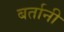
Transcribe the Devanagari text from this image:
बर्तानी